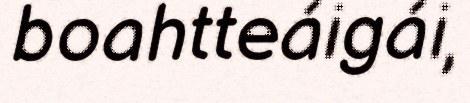
boahtteáigái,